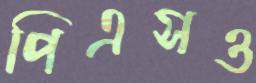
পিএসও